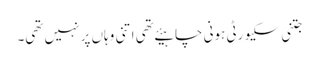
جتنی سکیورٹی ہونی چاہیئے تھی اتنی وہاں پر نہیں تھی۔